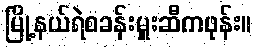
မြို့နယ်ရဲစခန်းမှူးဆီကဖုန်း။